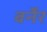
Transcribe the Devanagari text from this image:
बर्नेर